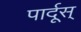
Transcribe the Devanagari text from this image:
पार्दूस्